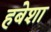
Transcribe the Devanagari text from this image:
हबेशा